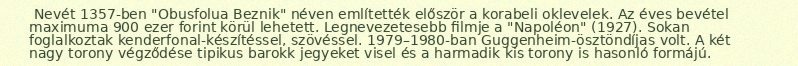
Nevét 1357-ben "Obusfolua Beznik" néven említették először a korabeli oklevelek. Az éves bevétel maximuma 900 ezer forint körül lehetett. Legnevezetesebb filmje a "Napoléon" (1927). Sokan foglalkoztak kenderfonal-készítéssel, szövéssel. 1979–1980-ban Guggenheim-ösztöndíjas volt. A két nagy torony végződése tipikus barokk jegyeket visel és a harmadik kis torony is hasonló formájú.